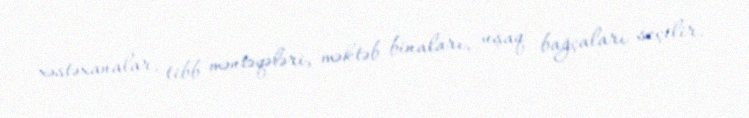
xəstəxanalar, tibb məntəqələri, məktəb binaları, uşaq bağçaları seçilir.